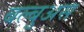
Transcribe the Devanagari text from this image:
बल्बुअस